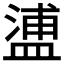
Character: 𥂈